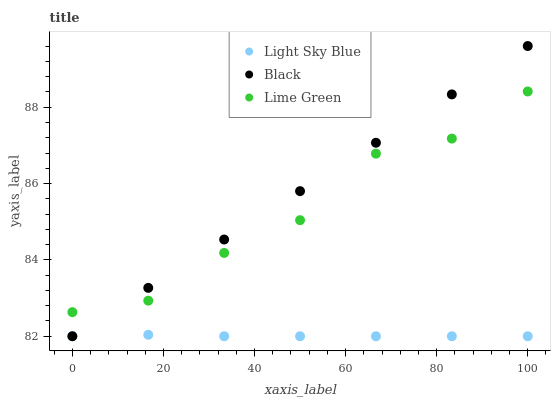
| xaxis_label | Light Sky Blue | Black | Lime Green |
 | --- | --- | --- | --- |
 | 0 | 82 | 82 | 82.6 |
 | 16.7 | 82 | 83.3 | 82.9 |
 | 33.3 | 82 | 84.5 | 84.2 |
 | 50 | 82 | 85.8 | 85 |
 | 66.7 | 82 | 87.1 | 86.8 |
 | 83.3 | 82 | 88.3 | 87.2 |
 | 100 | 82 | 89.6 | 88.4 |